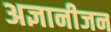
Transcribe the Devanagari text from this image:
अज्ञानीजन